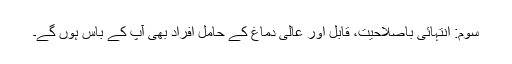
سوم: انتہائی باصلاحیت، قابل اور عالی دماغ کے حامل افراد بھی آپ کے باس ہوں گے۔